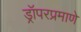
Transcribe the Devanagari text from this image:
ड्रॉपरप्रमाणे